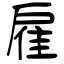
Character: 雇